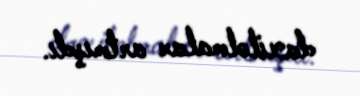
daxilolmalar artmışdı.